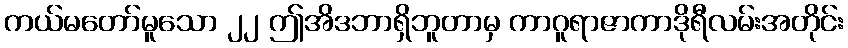
ကယ်မတော်မူသော ၂၂ ဤအိဒဘာရှိဘူတာမှ ကာဂူရာဇာကာဒိုရီလမ်းအတိုင်း